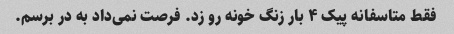
فقط متاسفانه پیک ۴ بار زنگ خونه رو زد. فرصت نمی‌داد به در برسم.